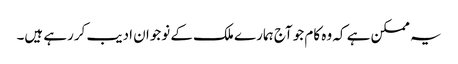
یہ ممکن ہے کہ وہ کام جو آج ہمارے ملک کے نوجوان ادیب کررہے ہیں۔